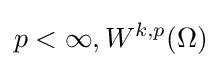
p<\infty ,W^{k,p}(\Omega )